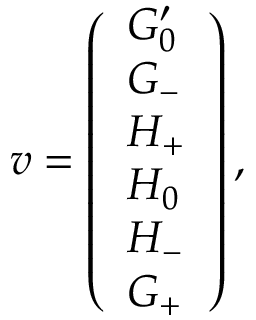
\boldsymbol { v } = \left( \begin{array} { l } { G _ { 0 } ^ { \prime } } \\ { G _ { - } } \\ { H _ { + } } \\ { H _ { 0 } } \\ { H _ { - } } \\ { G _ { + } } \end{array} \right) ,